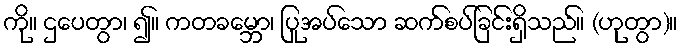
ကို။ ဌပေတွာ၊ ၍။ ကတခမ္ဘော၊ ပြုအပ်သော ဆက်စပ်ခြင်းရှိသည်။ (ဟုတွာ)။